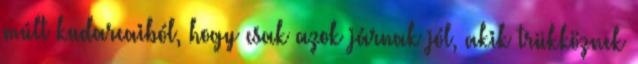
múlt kudarcaiból, hogy csak azok járnak jól, akik trükköznek